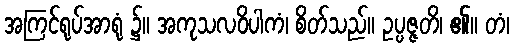
အကြင်ရုပ်အာရုံ ၌။ အကုသလဝိပါကံ၊ စိတ်သည်။ ဥပ္ပဇ္ဇတိ၊ ၏။ တံ၊